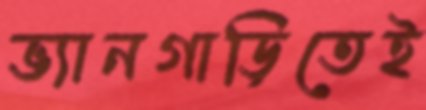
ভ্যানগাড়িতেই